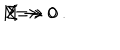
M \rightarrow 0 \hspace { 1 c m } \Longleftrightarrow \hspace { 1 c m } \Sigma \rightarrow 0 \ .